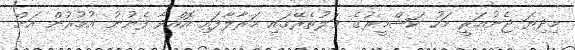
މިދިޔަ ޖެނުއަރީ މަހު ކަޝްމީރުގެ ވަލުތެރޭގައި މަރާލާފައި އޮއްވާ ފެނުނު އުމުރުން އަށް